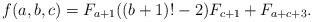
LaTeX: \begin{align*}f(a,b,c)=F_{a+1}((b+1)!-2)F_{c+1}+F_{a+c+3}.\end{align*}